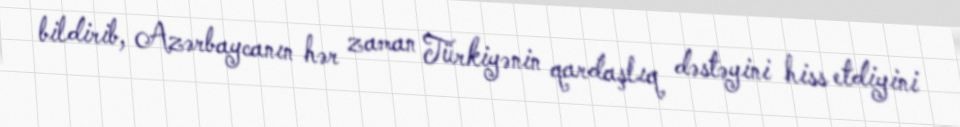
bildirib, Azərbaycanın hər zaman Türkiyənin qardaşlıq dəstəyini hiss etdiyini